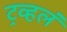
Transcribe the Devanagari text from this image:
ट्रव्हलं